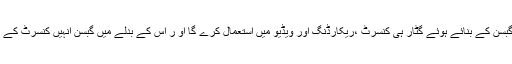
[15] اس معاہدے کی رو سے سٹرنگز گبسن کے بنائے ہوئے گٹار ہی کنسرٹ ،ریکارڈنگ اور ویڈیو میں استعمال کرے گا او ر اس کے بدلے میں گبسن انہیں کنسرٹ کے مقامات اور مطلوبہ آلات فراہم کرے گا۔